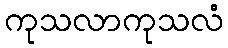
ကုသလာကုသလံ